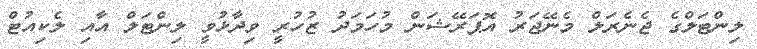
ލިންޓަލްގެ ޖެނެރަލް މެނޭޖަރު އޮޕަރޭޝަން މުހަމަދު ޒުހުރީ ވިދާޅުވީ ލިންޓަލް އާއި ލެކިއުޓް